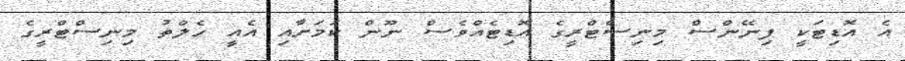
އެ އޮޑިޓަކީ ފިނޭންސް މިނިސްޓްރީގެ އޮޑިޓެއްވެސް ނޫން ކަމަށާއި އެއީ ހެލްތު މިނިސްޓްރީގެ